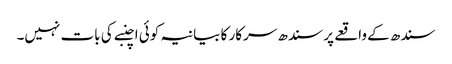
سندھ کے واقعے پر سندھ سرکار کا بیانیہ کوئی اچنبے کی بات نہیں۔